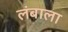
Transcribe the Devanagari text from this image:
लंबाला